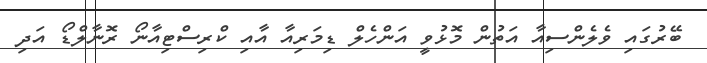
ބޭރުގައި ވެލެންސިއާ އަތުން މޮޅުވީ އަންހެލް ޑިމަރިއާ އާއި ކްރިސްޓިއާނޯ ރޮނާލްޑޯ އަދި